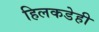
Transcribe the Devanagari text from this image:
हिलकडेही